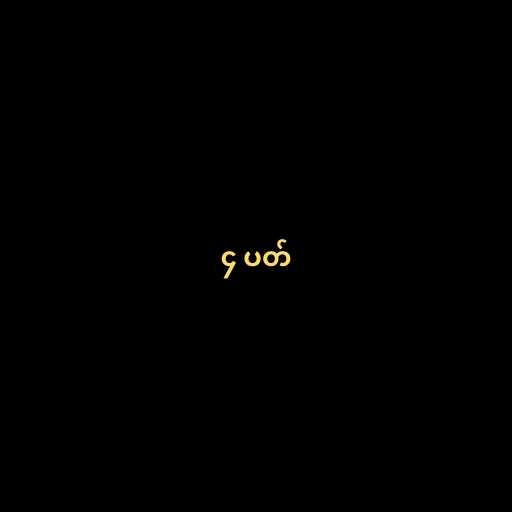
၄ ပတ်